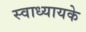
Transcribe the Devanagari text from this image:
स्‍वाध्‍यायके